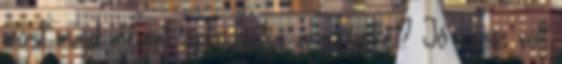
most majd megint lopkodhatja a szíveket? Jó rész volt